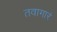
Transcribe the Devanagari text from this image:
तवागारं